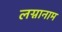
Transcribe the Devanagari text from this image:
लग्नानाम